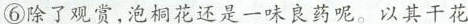
⑥除了观赏,泡桐花还是一味良药呢。以其干花